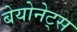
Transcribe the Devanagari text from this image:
बेयोनेट्स